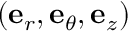
( { \bf e } _ { r } , { \bf e } _ { \theta } , { \bf e } _ { z } )